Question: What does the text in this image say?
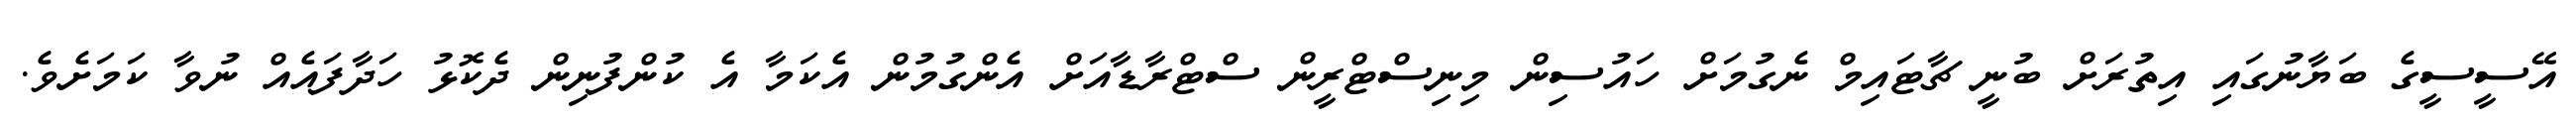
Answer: އޭސީސީގެ ބަޔާނުގައި އިތުރަށް ބުނީ ޗާޓައިމް ނެގުމަށް ހައުސިން މިނިސްޓްރީން ސްޓްރާޑާއަށް އެންގުމުން އެކަމާ އެ ކުންފުނިން ދެކޮޅު ހަދާފައެއް ނުވާ ކަމަށެވެ.